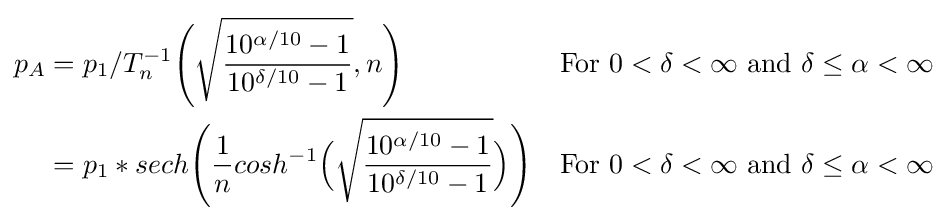
{\begin{aligned}p_{A}&=p_{1}/T_{n}^{-1}{\Biggr (}{\sqrt {\frac {10^{{\alpha }/10}-1}{10^{\delta /10}-1}}},n{\Biggr )}\qquad &{\text{For }}0<\delta <\infty {\text{   and  }}\delta \leq \alpha <\infty \\&=p_{1}*sech{\Biggr (}{\frac {1}{n}}cosh^{-1}{\Bigr (}{\sqrt {\frac {10^{\alpha /10}-1}{10^{\delta /10}-1}}}{\Bigr )}{\Biggr )}&{\text{For }}0<\delta <\infty {\text{   and   }}\delta \leq \alpha <\infty \\\end{aligned}}